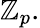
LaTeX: \mathbb{Z}_{p}.